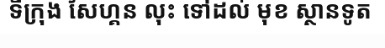
ទីក្រុង សៃហ្គន លុះ ទៅដល់ មុខ ស្ថានទូត